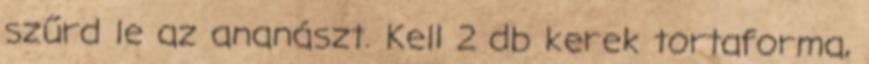
szűrd le az ananászt. Kell 2 db kerek tortaforma,